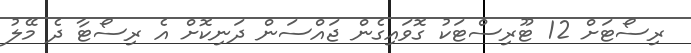
ރިސޯޓަށް 12 ޓޫރިސްޓަކު ގޮވައިގެން ޖައްސަން ދަނިކޮށް އެ ރިސޯޓާ ދެ މޭލު